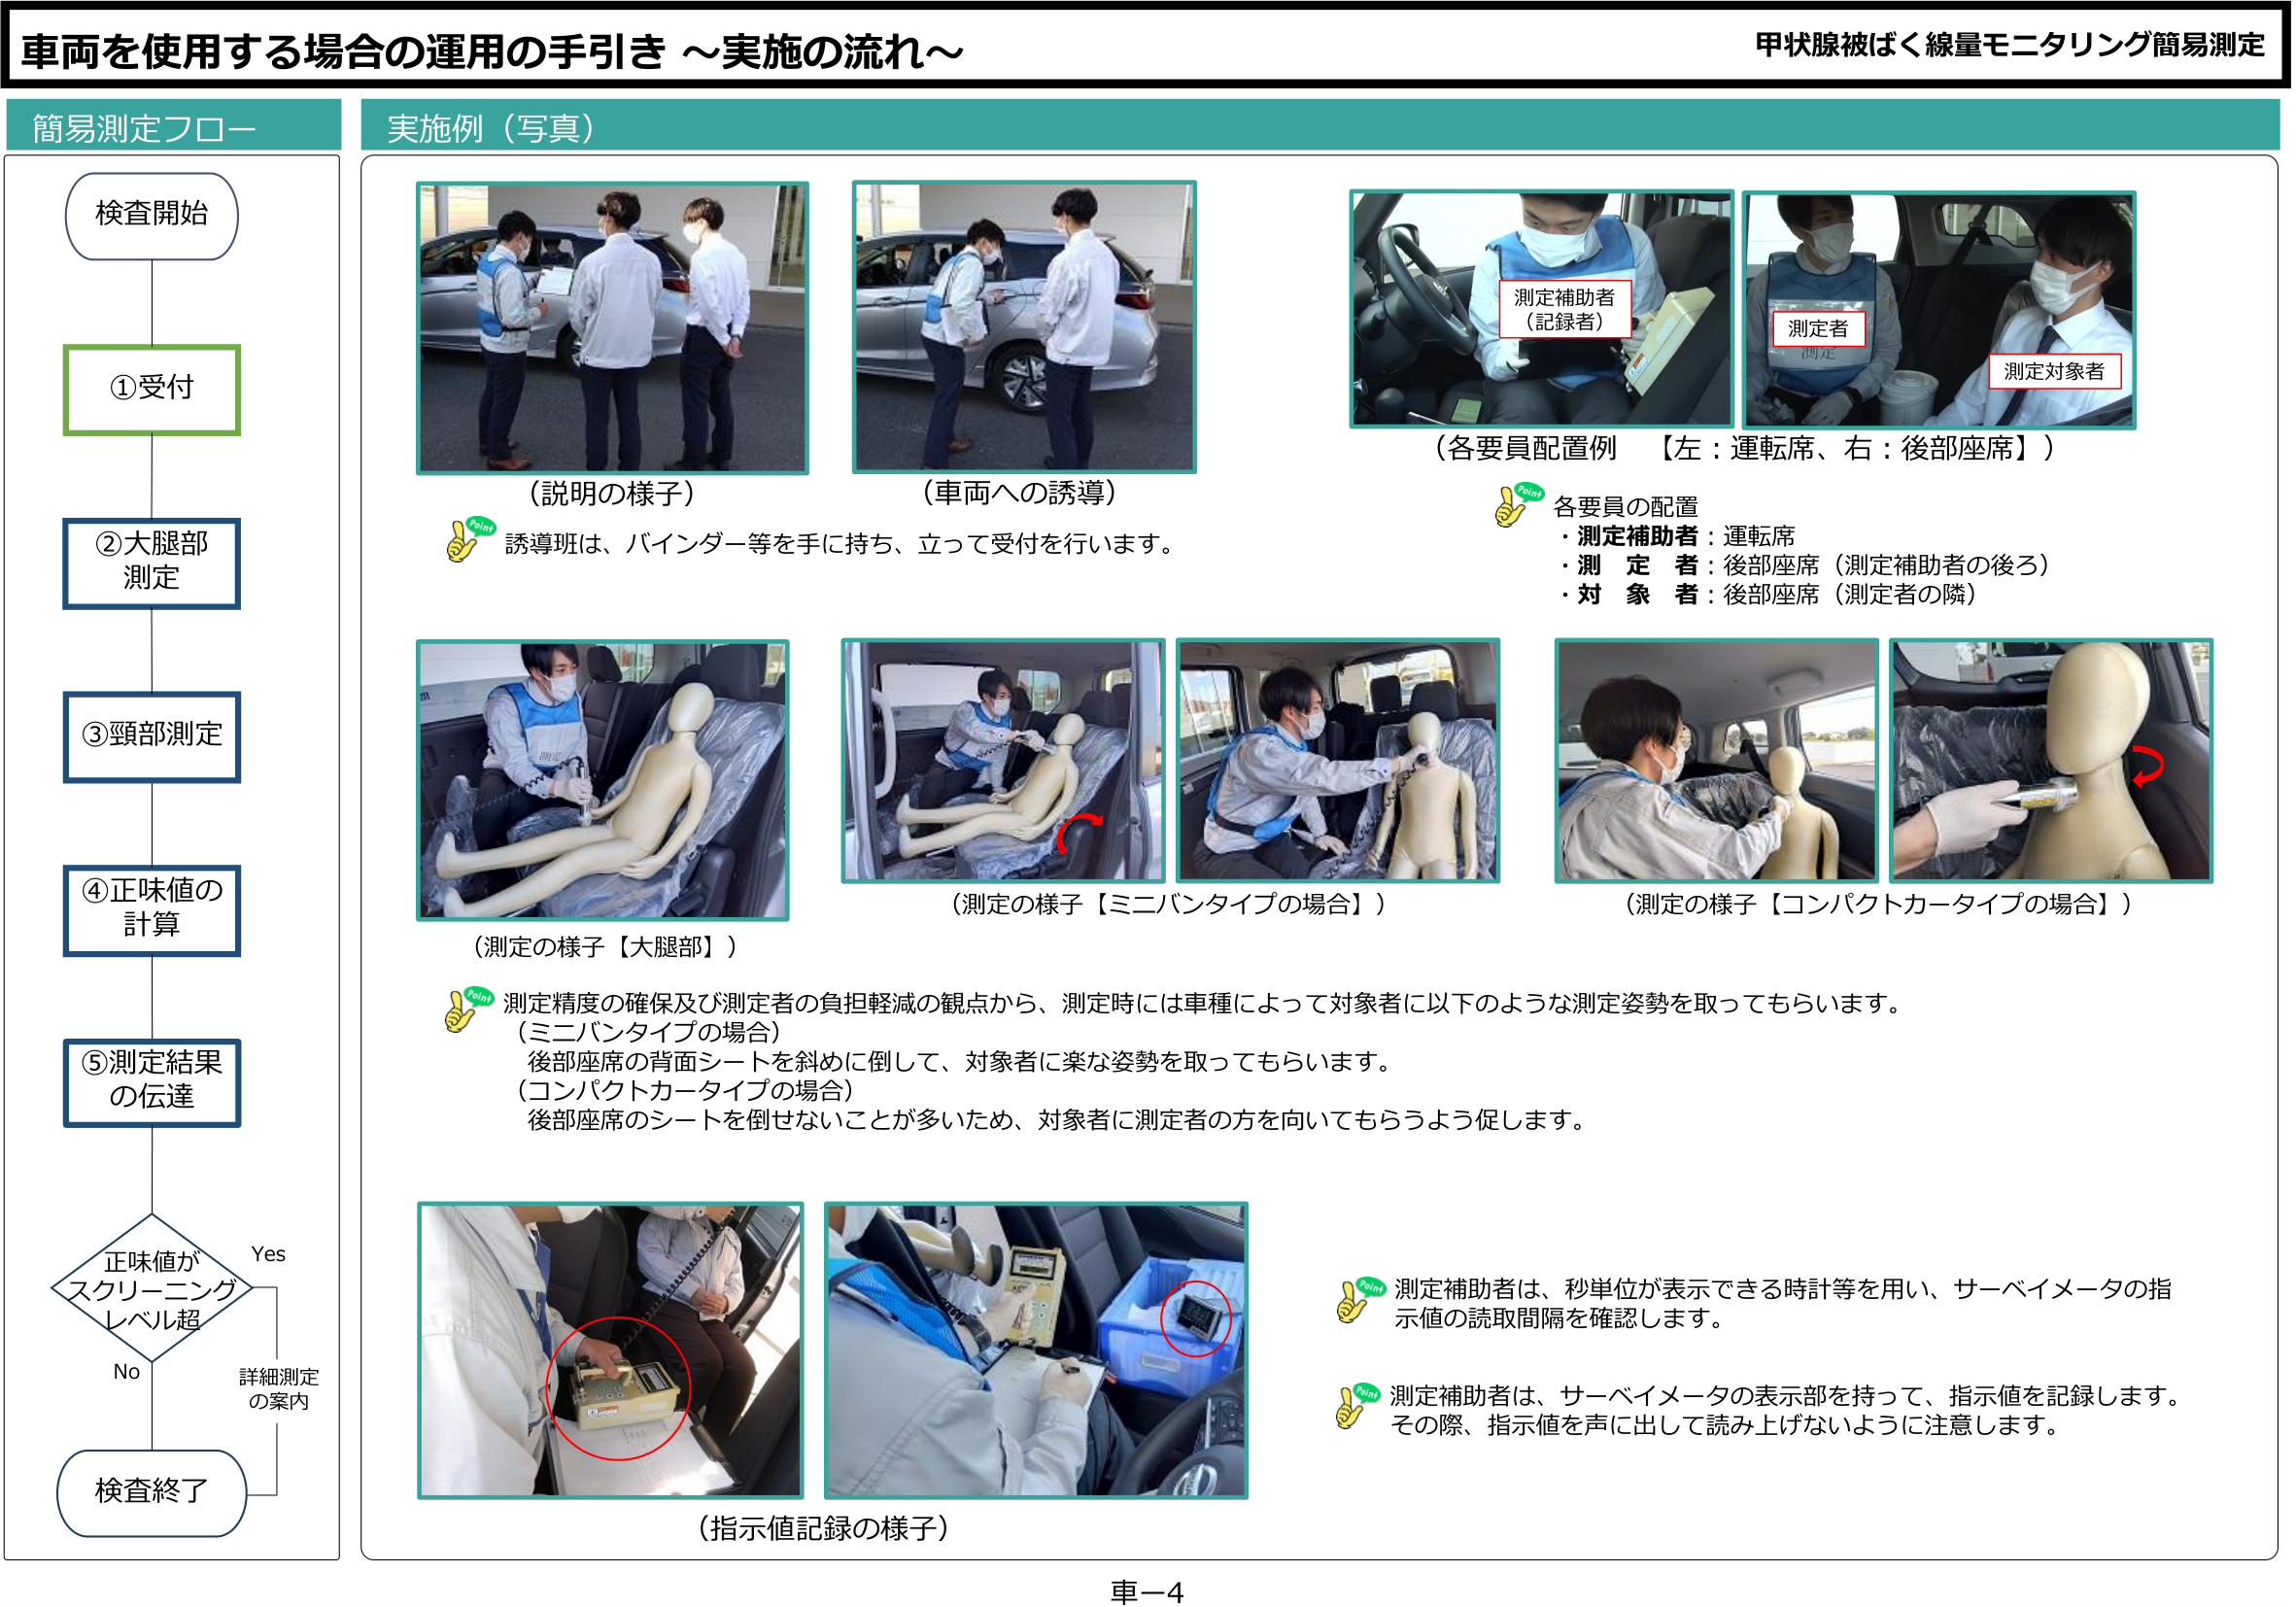
車両を使用する場合の運用の手引き ～実施の流れ～

簡易測定フロー
検査開始
①受付
②大腿部測定
③頸部測定
④正味値の計算
⑤測定結果の伝達
正味値がスクリーニングレベル超
Yes
No
詳細測定の案内
検査終了

実施例（写真）
（説明の様子）
誘導班は、バインダー等を手に持ち、立って受付を行います。
（車両への誘導）

（各要員配置例 【左：運転席、右：後部座席】）
測定補助者（記録者）
測定者
測定対象者
各要員の配置
・測定補助者：運転席
・測定者：後部座席（測定補助者の後ろ）
・対象者：後部座席（測定者の隣）

（測定の様子【大腿部】）
（測定の様子【ミニバンタイプの場合】）
（測定の様子【コンパクトカータイプの場合】）
測定精度の確保及び測定者の負担軽減の観点から、測定時には車種によって対象者に以下のような測定姿勢を取ってもらいます。
（ミニバンタイプの場合）
後部座席の背面シートを斜めに倒して、対象者に楽な姿勢を取ってもらいます。
（コンパクトカータイプの場合）
後部座席のシートを倒せないことが多いため、対象者に測定者の方を向いてもらうよう促します。

（指示値記録の様子）
測定補助者は、秒単位が表示できる時計等を用い、サーベイメータの指示値の読取間隔を確認します。
測定補助者は、サーベイメータの表示部を持って、指示値を記録します。その際、指示値を声に出して読み上げないように注意します。

甲狀腺被ばく線量モニタリング簡易測定
車－4